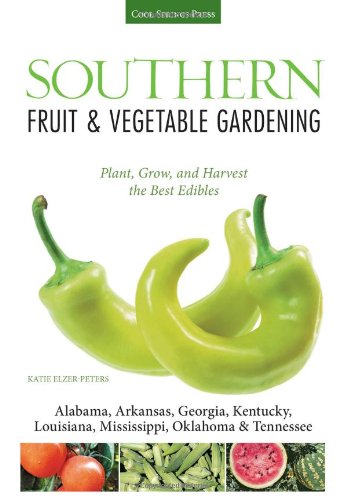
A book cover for Southern Fruit & Vegetable Gardening: Plant, Grow, and Harvest the Best Edibles - Alabama, Arkansas, Georgia, Kentucky, Louisiana, Mississippi, ... (Fruit & Vegetable Gardening Guides); Katie Elzer-Peters; Crafts, Hobbies & Home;